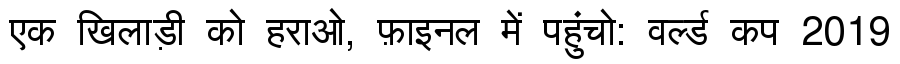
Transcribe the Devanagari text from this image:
एक खिलाड़ी को हराओ, फ़ाइनल में पहुंचो: वर्ल्ड कप 2019